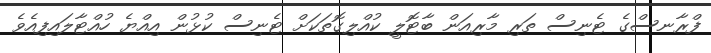
ފްރާނސްގެ ޓެނިސް ތަރި މާރިއަން ބާޓޮލީ ކުއްލިގޮތަކަށް ޓެނިސް ކުޅުން އިއްޔެ ހުއްޓާލައިފިއެވެ